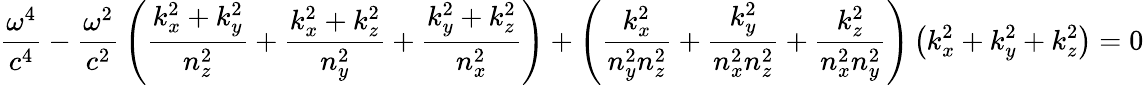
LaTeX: {\frac{\omega^{4}}{c^{4}}}-{\frac{\omega^{2}}{c^{2}}}\left({\frac{k_{x}^{2}+k_{y}^{2}}{n_{z}^{2}}}+{\frac{k_{x}^{2}+k_{z}^{2}}{n_{y}^{2}}}+{\frac{k_{y}^{2}+k_{z}^{2}}{n_{x}^{2}}}\right)+\left({\frac{k_{x}^{2}}{n_{y}^{2}n_{z}^{2}}}+{\frac{k_{y}^{2}}{n_{x}^{2}n_{z}^{2}}}+{\frac{k_{z}^{2}}{n_{x}^{2}n_{y}^{2}}}\right)\left(k_{x}^{2}+k_{y}^{2}+k_{z}^{2}\right)=0